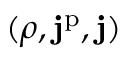
( \rho , \mathbf { j } ^ { \mathrm { p } } , \mathbf { j } )